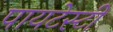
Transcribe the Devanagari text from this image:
पायटेस्टी